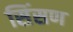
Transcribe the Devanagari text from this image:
सिंसण